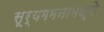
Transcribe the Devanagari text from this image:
सूर्यगमनामध्ये